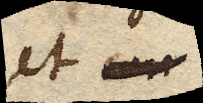
et xx